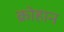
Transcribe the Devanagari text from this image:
क्रोहान